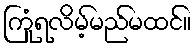
ကြုံရလိမ့်မည်မထင်။